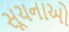
સૂચનાઓ